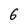
Character: 6